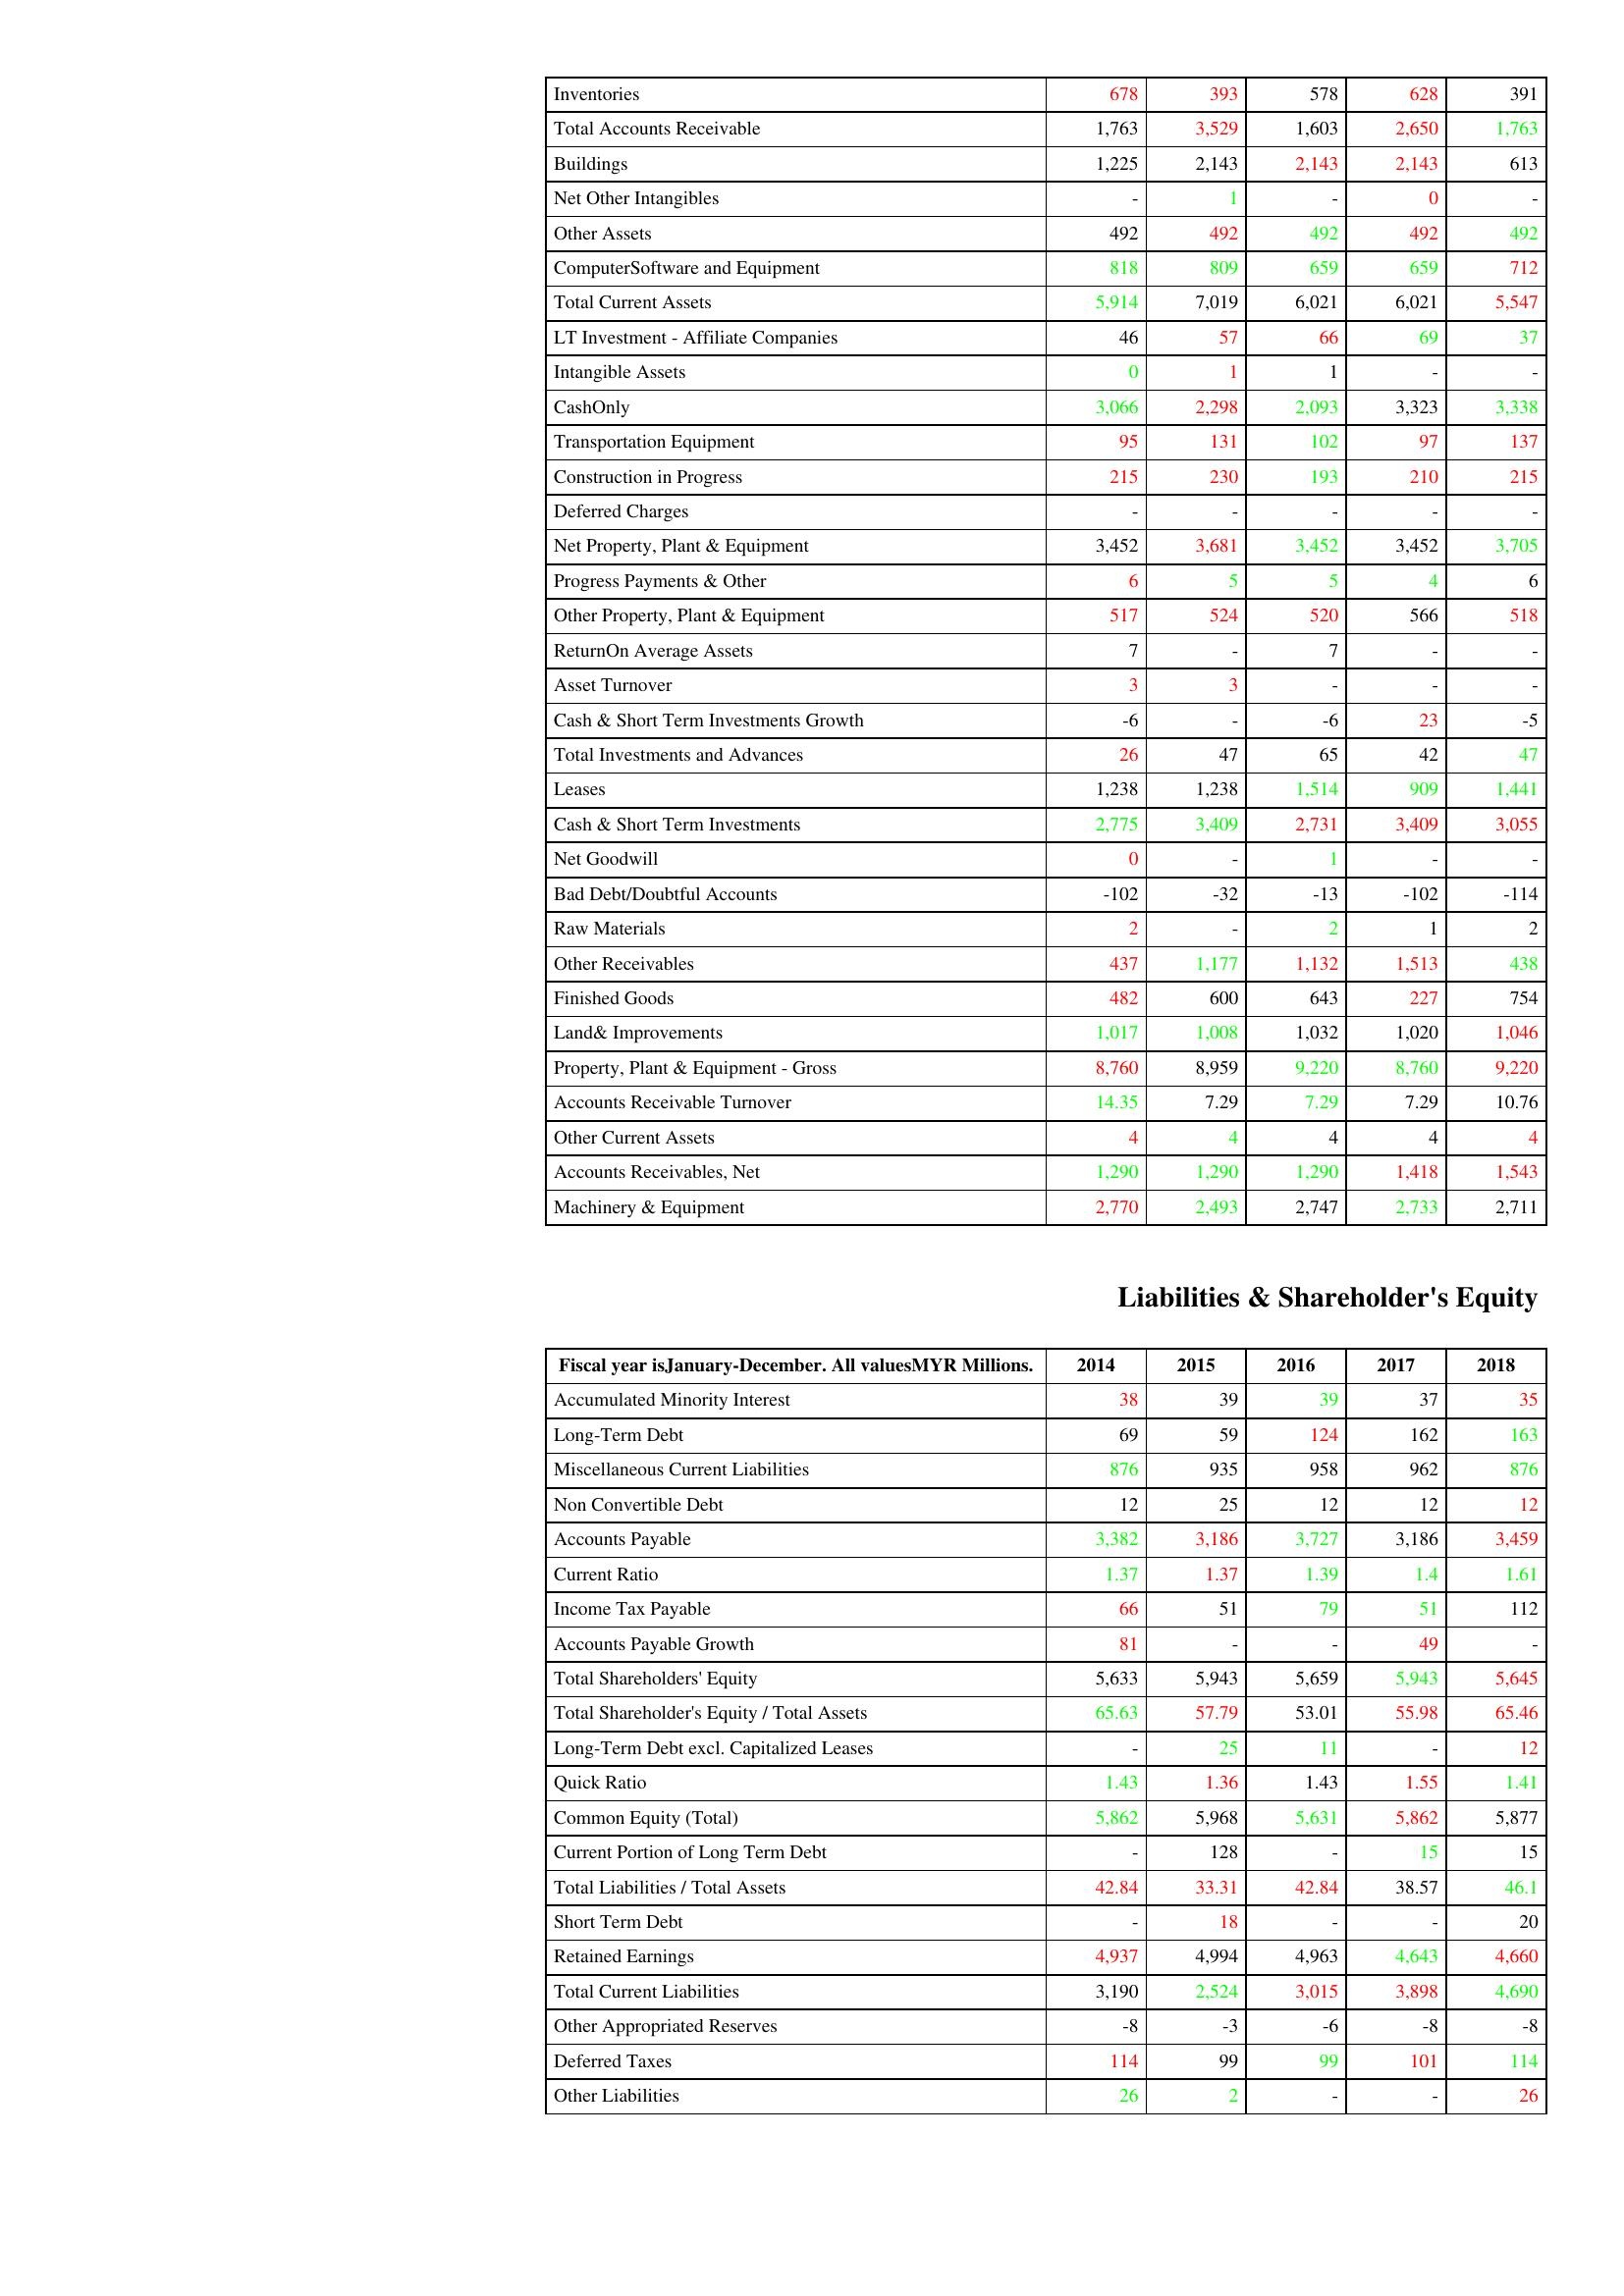
gt_parse: 2014: Assets: Inventories: 678
Total Accounts Receivable: 1,763
Buildings: 1,225
Net Other Intangibles: -
Other Assets: 492
ComputerSoftware and Equipment: 818
Total Current Assets: 5,914
LT Investment - Affiliate Companies: 46
Intangible Assets: 0
CashOnly: 3,066
Transportation Equipment: 95
Construction in Progress: 215
Deferred Charges: -
Net Property, Plant & Equipment: 3,452
Progress Payments & Other: 6
Other Property, Plant & Equipment: 517
ReturnOn Average Assets: 7
Asset Turnover: 3
Cash & Short Term Investments Growth: -6
Total Investments and Advances: 26
Leases: 1,238
Cash & Short Term Investments: 2,775
Net Goodwill: 0
Bad Debt/Doubtful Accounts: -102
Raw Materials: 2
Other Receivables: 437
Finished Goods: 482
Land& Improvements: 1,017
Property, Plant & Equipment - Gross : 8,760
Accounts Receivable Turnover: 14.35
Other Current Assets: 4
Accounts Receivables, Net: 1,290
Machinery & Equipment: 2,770
Liabilities & Shareholder's Equity: Accumulated Minority Interest: 38
Long-Term Debt: 69
Miscellaneous Current Liabilities: 876
Non Convertible Debt: 12
Accounts Payable: 3,382
Current Ratio: 1.37
Income Tax Payable: 66
Accounts Payable Growth: 81
Total Shareholders' Equity: 5,633
Total Shareholder's Equity / Total Assets: 65.63
Long-Term Debt excl. Capitalized Leases: -
Quick Ratio: 1.43
Common Equity (Total): 5,862
Current Portion of Long Term Debt: -
Total Liabilities / Total Assets: 42.84
Short Term Debt: -
Retained Earnings: 4,937
Total Current Liabilities: 3,190
Other Appropriated Reserves: -8
Deferred Taxes: 114
Other Liabilities: 26
2015: Assets: Inventories: 393
Total Accounts Receivable: 3,529
Buildings: 2,143
Net Other Intangibles: 1
Other Assets: 492
ComputerSoftware and Equipment: 809
Total Current Assets: 7,019
LT Investment - Affiliate Companies: 57
Intangible Assets: 1
CashOnly: 2,298
Transportation Equipment: 131
Construction in Progress: 230
Deferred Charges: -
Net Property, Plant & Equipment: 3,681
Progress Payments & Other: 5
Other Property, Plant & Equipment: 524
ReturnOn Average Assets: -
Asset Turnover: 3
Cash & Short Term Investments Growth: -
Total Investments and Advances: 47
Leases: 1,238
Cash & Short Term Investments: 3,409
Net Goodwill: -
Bad Debt/Doubtful Accounts: -32
Raw Materials: -
Other Receivables: 1,177
Finished Goods: 600
Land& Improvements: 1,008
Property, Plant & Equipment - Gross : 8,959
Accounts Receivable Turnover: 7.29
Other Current Assets: 4
Accounts Receivables, Net: 1,290
Machinery & Equipment: 2,493
Liabilities & Shareholder's Equity: Accumulated Minority Interest: 39
Long-Term Debt: 59
Miscellaneous Current Liabilities: 935
Non Convertible Debt: 25
Accounts Payable: 3,186
Current Ratio: 1.37
Income Tax Payable: 51
Accounts Payable Growth: -
Total Shareholders' Equity: 5,943
Total Shareholder's Equity / Total Assets: 57.79
Long-Term Debt excl. Capitalized Leases: 25
Quick Ratio: 1.36
Common Equity (Total): 5,968
Current Portion of Long Term Debt: 128
Total Liabilities / Total Assets: 33.31
Short Term Debt: 18
Retained Earnings: 4,994
Total Current Liabilities: 2,524
Other Appropriated Reserves: -3
Deferred Taxes: 99
Other Liabilities: 2
2016: Assets: Inventories: 578
Total Accounts Receivable: 1,603
Buildings: 2,143
Net Other Intangibles: -
Other Assets: 492
ComputerSoftware and Equipment: 659
Total Current Assets: 6,021
LT Investment - Affiliate Companies: 66
Intangible Assets: 1
CashOnly: 2,093
Transportation Equipment: 102
Construction in Progress: 193
Deferred Charges: -
Net Property, Plant & Equipment: 3,452
Progress Payments & Other: 5
Other Property, Plant & Equipment: 520
ReturnOn Average Assets: 7
Asset Turnover: -
Cash & Short Term Investments Growth: -6
Total Investments and Advances: 65
Leases: 1,514
Cash & Short Term Investments: 2,731
Net Goodwill: 1
Bad Debt/Doubtful Accounts: -13
Raw Materials: 2
Other Receivables: 1,132
Finished Goods: 643
Land& Improvements: 1,032
Property, Plant & Equipment - Gross : 9,220
Accounts Receivable Turnover: 7.29
Other Current Assets: 4
Accounts Receivables, Net: 1,290
Machinery & Equipment: 2,747
Liabilities & Shareholder's Equity: Accumulated Minority Interest: 39
Long-Term Debt: 124
Miscellaneous Current Liabilities: 958
Non Convertible Debt: 12
Accounts Payable: 3,727
Current Ratio: 1.39
Income Tax Payable: 79
Accounts Payable Growth: -
Total Shareholders' Equity: 5,659
Total Shareholder's Equity / Total Assets: 53.01
Long-Term Debt excl. Capitalized Leases: 11
Quick Ratio: 1.43
Common Equity (Total): 5,631
Current Portion of Long Term Debt: -
Total Liabilities / Total Assets: 42.84
Short Term Debt: -
Retained Earnings: 4,963
Total Current Liabilities: 3,015
Other Appropriated Reserves: -6
Deferred Taxes: 99
Other Liabilities: -
2017: Assets: Inventories: 628
Total Accounts Receivable: 2,650
Buildings: 2,143
Net Other Intangibles: 0
Other Assets: 492
ComputerSoftware and Equipment: 659
Total Current Assets: 6,021
LT Investment - Affiliate Companies: 69
Intangible Assets: -
CashOnly: 3,323
Transportation Equipment: 97
Construction in Progress: 210
Deferred Charges: -
Net Property, Plant & Equipment: 3,452
Progress Payments & Other: 4
Other Property, Plant & Equipment: 566
ReturnOn Average Assets: -
Asset Turnover: -
Cash & Short Term Investments Growth: 23
Total Investments and Advances: 42
Leases: 909
Cash & Short Term Investments: 3,409
Net Goodwill: -
Bad Debt/Doubtful Accounts: -102
Raw Materials: 1
Other Receivables: 1,513
Finished Goods: 227
Land& Improvements: 1,020
Property, Plant & Equipment - Gross : 8,760
Accounts Receivable Turnover: 7.29
Other Current Assets: 4
Accounts Receivables, Net: 1,418
Machinery & Equipment: 2,733
Liabilities & Shareholder's Equity: Accumulated Minority Interest: 37
Long-Term Debt: 162
Miscellaneous Current Liabilities: 962
Non Convertible Debt: 12
Accounts Payable: 3,186
Current Ratio: 1.4
Income Tax Payable: 51
Accounts Payable Growth: 49
Total Shareholders' Equity: 5,943
Total Shareholder's Equity / Total Assets: 55.98
Long-Term Debt excl. Capitalized Leases: -
Quick Ratio: 1.55
Common Equity (Total): 5,862
Current Portion of Long Term Debt: 15
Total Liabilities / Total Assets: 38.57
Short Term Debt: -
Retained Earnings: 4,643
Total Current Liabilities: 3,898
Other Appropriated Reserves: -8
Deferred Taxes: 101
Other Liabilities: -
2018: Assets: Inventories: 391
Total Accounts Receivable: 1,763
Buildings: 613
Net Other Intangibles: -
Other Assets: 492
ComputerSoftware and Equipment: 712
Total Current Assets: 5,547
LT Investment - Affiliate Companies: 37
Intangible Assets: -
CashOnly: 3,338
Transportation Equipment: 137
Construction in Progress: 215
Deferred Charges: -
Net Property, Plant & Equipment: 3,705
Progress Payments & Other: 6
Other Property, Plant & Equipment: 518
ReturnOn Average Assets: -
Asset Turnover: -
Cash & Short Term Investments Growth: -5
Total Investments and Advances: 47
Leases: 1,441
Cash & Short Term Investments: 3,055
Net Goodwill: -
Bad Debt/Doubtful Accounts: -114
Raw Materials: 2
Other Receivables: 438
Finished Goods: 754
Land& Improvements: 1,046
Property, Plant & Equipment - Gross : 9,220
Accounts Receivable Turnover: 10.76
Other Current Assets: 4
Accounts Receivables, Net: 1,543
Machinery & Equipment: 2,711
Liabilities & Shareholder's Equity: Accumulated Minority Interest: 35
Long-Term Debt: 163
Miscellaneous Current Liabilities: 876
Non Convertible Debt: 12
Accounts Payable: 3,459
Current Ratio: 1.61
Income Tax Payable: 112
Accounts Payable Growth: -
Total Shareholders' Equity: 5,645
Total Shareholder's Equity / Total Assets: 65.46
Long-Term Debt excl. Capitalized Leases: 12
Quick Ratio: 1.41
Common Equity (Total): 5,877
Current Portion of Long Term Debt: 15
Total Liabilities / Total Assets: 46.1
Short Term Debt: 20
Retained Earnings: 4,660
Total Current Liabilities: 4,690
Other Appropriated Reserves: -8
Deferred Taxes: 114
Other Liabilities: 26